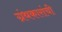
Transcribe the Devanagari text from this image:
ग्रंथकारांची